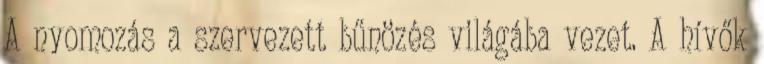
A nyomozás a szervezett bűnözés világába vezet. A hívők